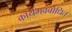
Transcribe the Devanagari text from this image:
कार्यमवबोधित